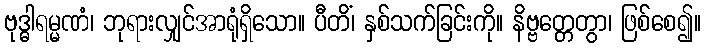
ဗုဒ္ဓါရမ္မဏံ၊ ဘုရားလျှင်အာရုံရှိသော။ ပီတိံ၊ နှစ်သက်ခြင်းကို။ နိဗ္ဗတ္တေတွာ၊ ဖြစ်စေ၍။